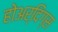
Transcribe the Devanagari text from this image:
होअर्दिंग्स